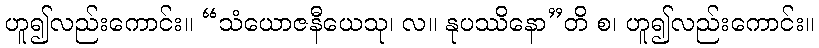
ဟူ၍လည်းကောင်း။ “သံယောဇနီယေသု၊ လ။ နုပဿိနော”တိ စ၊ ဟူ၍လည်းကောင်း။